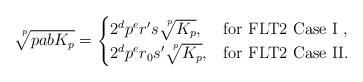
LaTeX: \begin{align*} \sqrt[\leftroot{-4} \uproot{5} p]{pabK_p} =\begin{cases}2^d p^e r' s \sqrt[\leftroot{-4} \uproot{5} p]{K_p}, & \textnormal{for FLT2 Case I }, \\2^d p^e r_0 s' \sqrt[\leftroot{-4} \uproot{5} p]{K_p}, & \textnormal{for FLT2 Case II}.\end{cases}\end{align*}